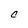
Character: C